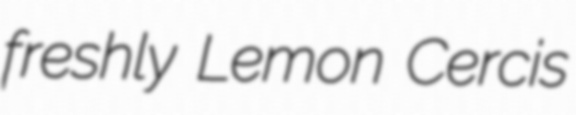
freshly Lemon Cercis